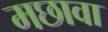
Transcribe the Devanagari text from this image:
मछावा